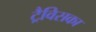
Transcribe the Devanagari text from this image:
ट्रैविसका